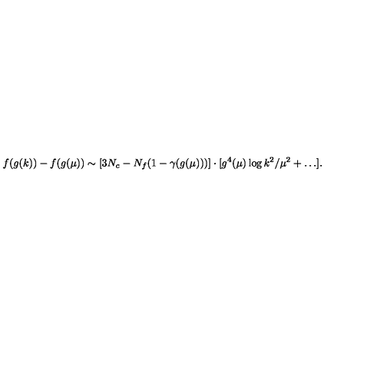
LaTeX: f ( g ( k ) ) - f ( g ( \mu ) ) \sim [ 3 N _ { c } - N _ { f } ( 1 - \gamma ( g ( \mu ) ) ) ] \cdot [ g ^ { 4 } ( \mu ) \log k ^ { 2 } / \mu ^ { 2 } + \ldots ] .